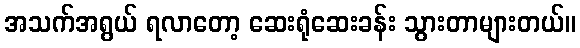
အသက်အရွယ် ရလာတော့ ဆေးရုံဆေးခန်း သွားတာများတယ်။